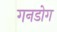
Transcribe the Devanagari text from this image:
गनडोग